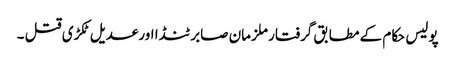
پولیس حکام کے مطابق گرفتار ملزمان صابر ٹنڈا اورعدیل ٹکڑی قتل ۔